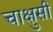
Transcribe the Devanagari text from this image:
चाक्षुसी